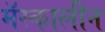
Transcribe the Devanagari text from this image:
मॅस्कालीन